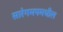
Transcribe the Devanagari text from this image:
सारेगमपमधील